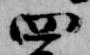
四